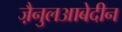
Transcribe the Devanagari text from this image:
जै़नुलआबेदीन